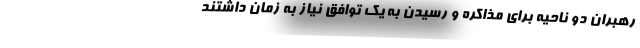
رهبران دو ناحیه برای مذاکره و رسیدن به یک توافق نیاز به زمان داشتند